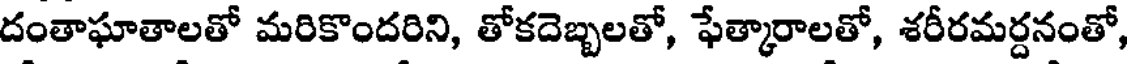
దంతాఘాతాలతో మరికొందరిని, తోకదెబ్బలతో, ఫేత్కారాలతో, శరీరమర్దనంతో,